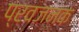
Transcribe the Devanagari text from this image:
प्रवजनक